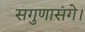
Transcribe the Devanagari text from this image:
सगुणासंगे।